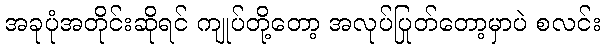
အခုပုံအတိုင်းဆိုရင် ကျုပ်တို့တော့ အလုပ်ပြုတ်တော့မှာပဲ စလင်း